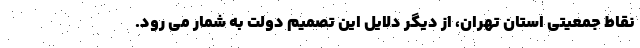
نقاط جمعیتی استان تهران، از دیگر دلایل این تصمیم دولت به شمار می رود.